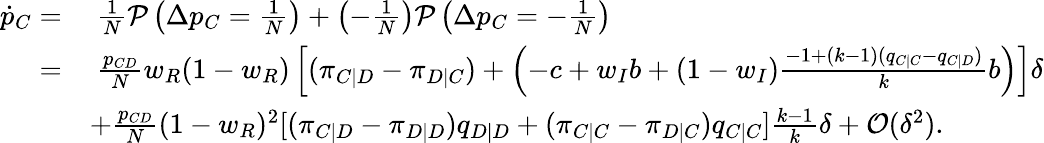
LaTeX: \begin{array}{rl}{\dot{p}_{C}=}&{~\frac{1}{N}\mathcal{P}\left(\Delta p_{C}=\frac{1}{N}\right)+\left(-\frac{1}{N}\right)\mathcal{P}\left(\Delta p_{C}=-\frac{1}{N}\right)}\\ {=}&{~\frac{p_{CD}}{N}w_{R}(1-w_{R})\left[(\pi_{C|D}-\pi_{D|C})+\left(-c+w_{I}b+(1-w_{I})\frac{-1+(k-1)(q_{C|C}-q_{C|D})}{k}b\right)\right]\delta}\\ &{+\frac{p_{CD}}{N}(1-w_{R})^{2}[(\pi_{C|D}-\pi_{D|D})q_{D|D}+(\pi_{C|C}-\pi_{D|C})q_{C|C}]\frac{k-1}{k}\delta+\mathcal{O}(\delta^{2}).}\end{array}